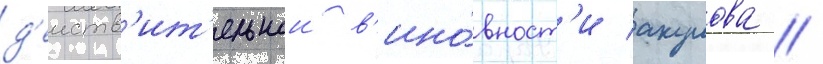
д'еиств'ит'ельнои в'ино́вност'и акулова //